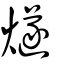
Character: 燧